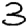
Digit: 3